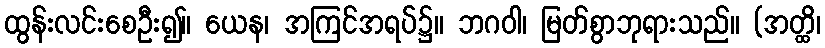
ထွန်းလင်းစေဦး၍။ ယေန၊ အကြင်အရပ်၌။ ဘဂဝါ၊ မြတ်စွာဘုရားသည်။ (အတ္ထိ၊